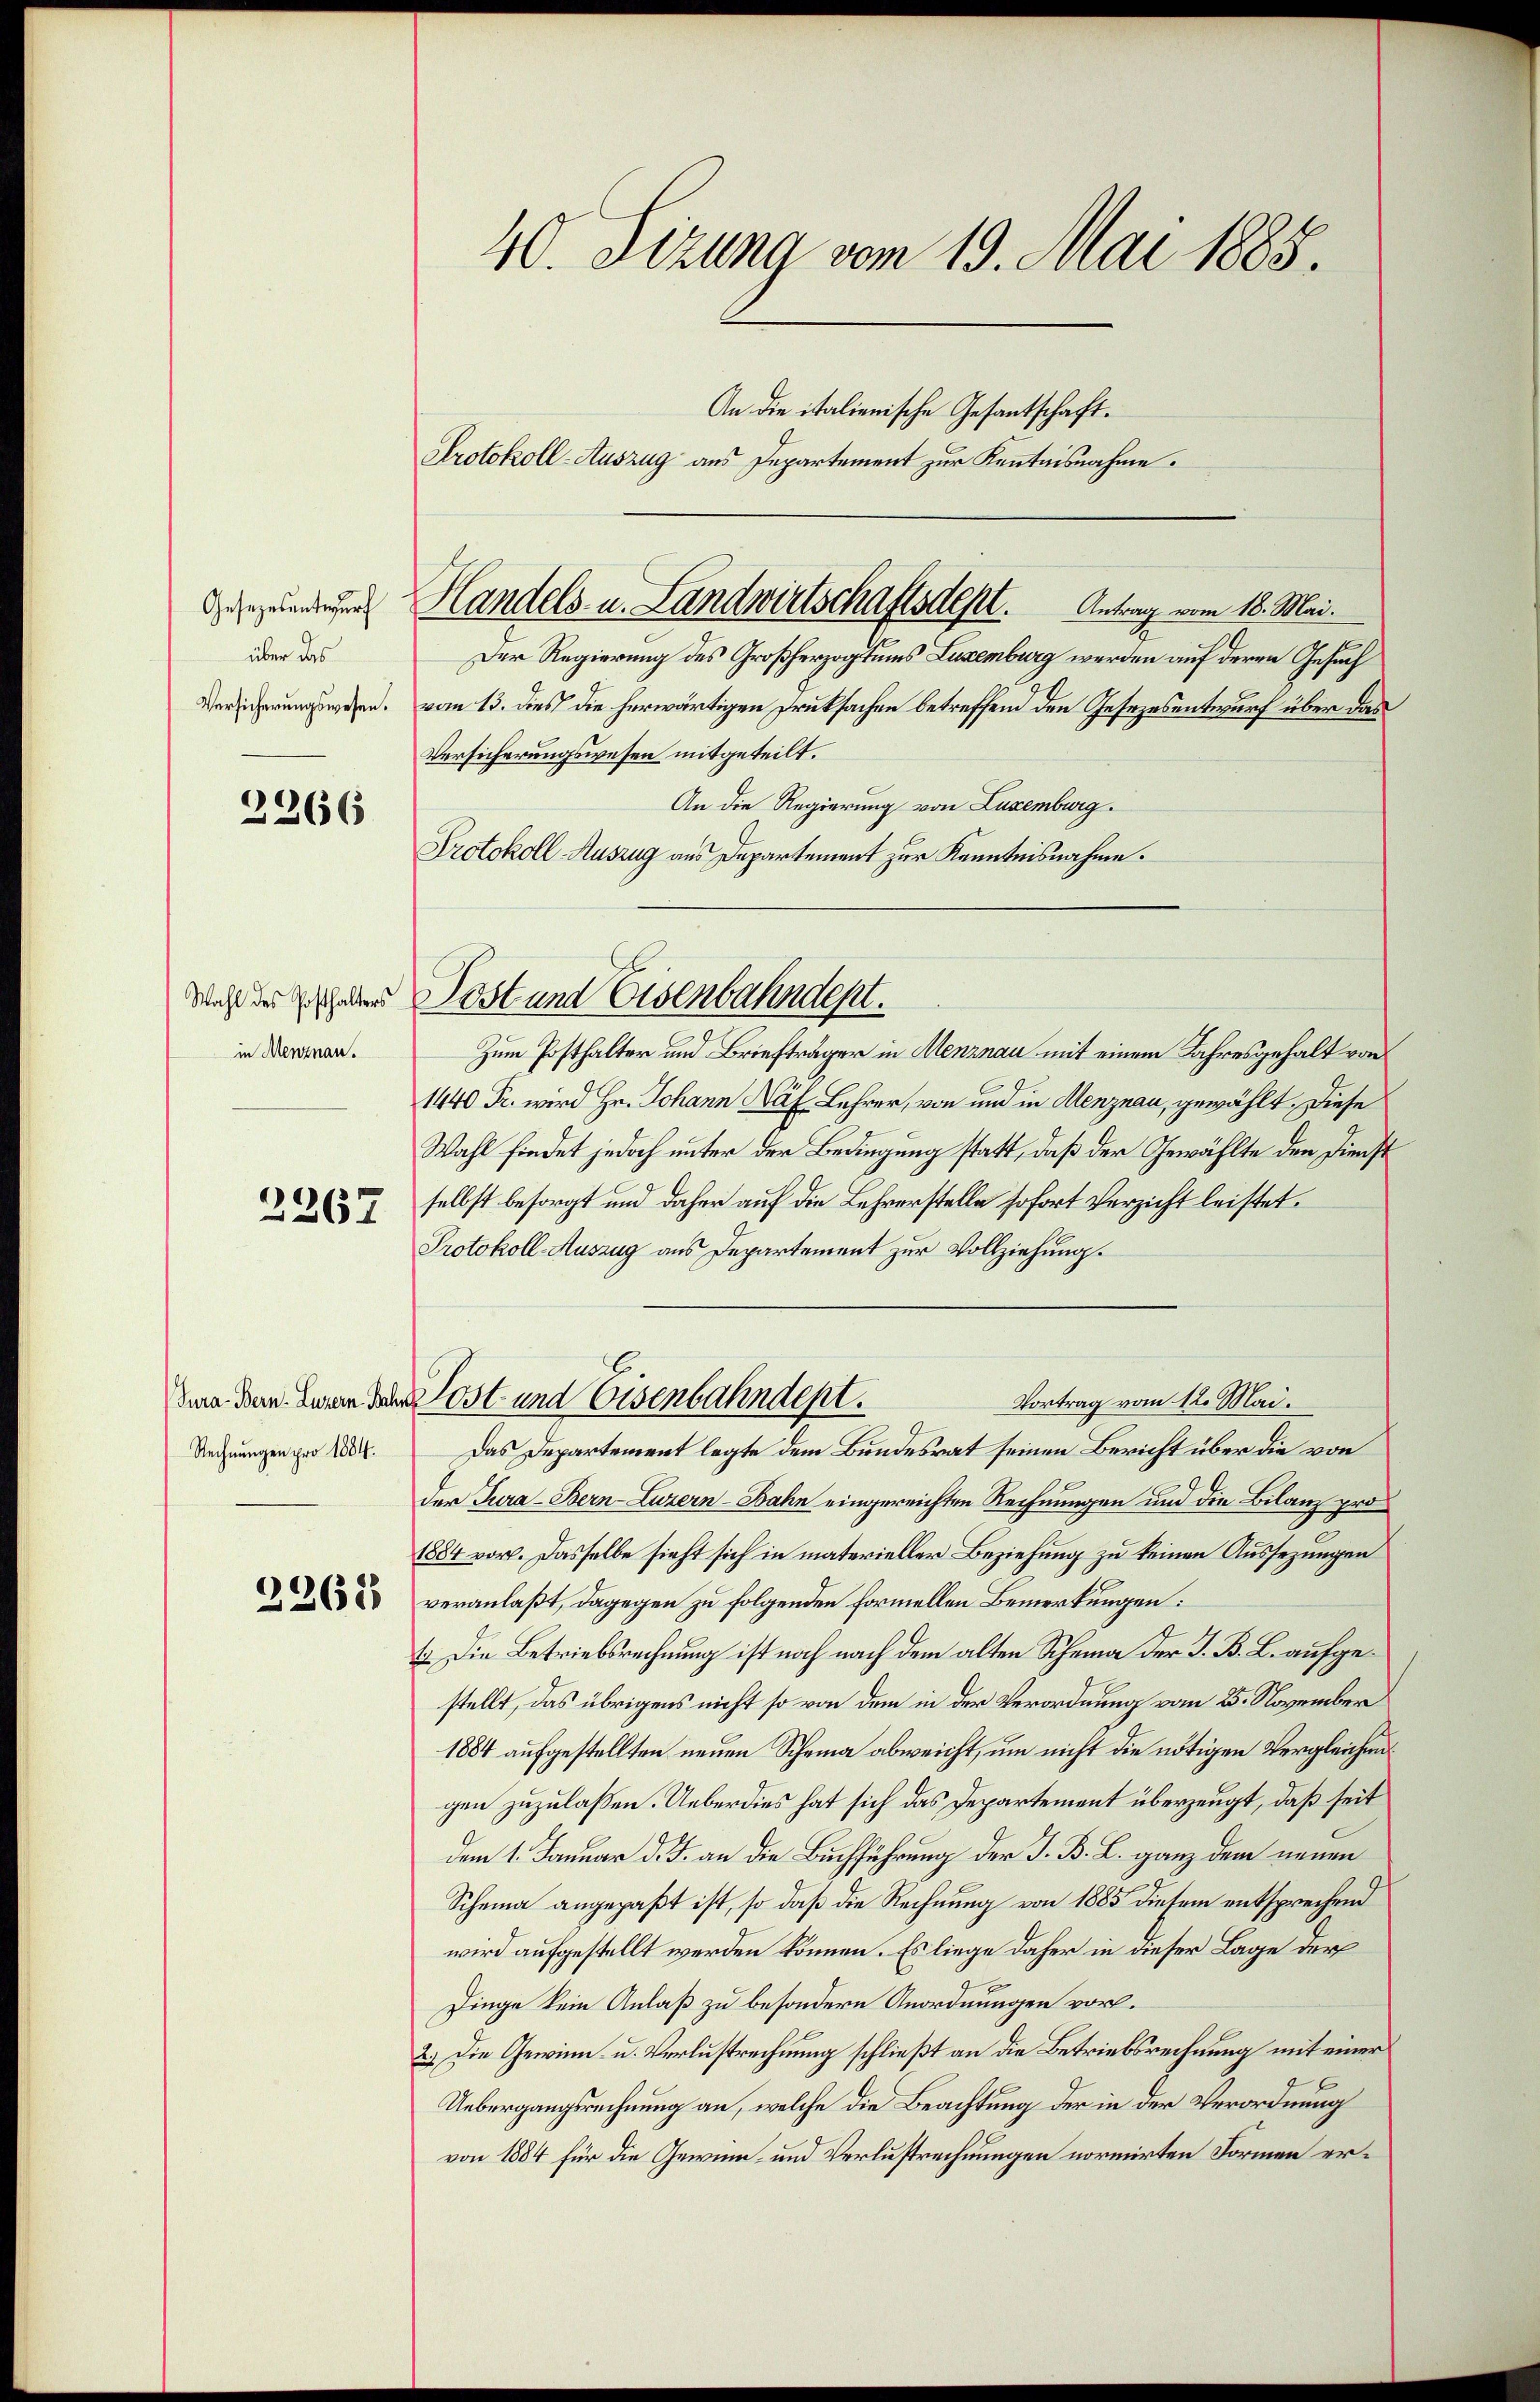
Gesezesentwurf
über das
Versicherungswesen.

2266

Wahl des Posthalters
in Menznau.

2367

Rechnungen pro 1884.

2262

40. Sizung vom 19. Mai 1885.

Protokoll-Auszug aus Departement zur Kenntnisnahme.
Der Regierung des Großherzogtums Luxenburg werden auf deren Gesuch
vom 13. dies die herwärtigen Druksachen betreffend den Gesezesentwurf über das
Versicherungswesen mitgeteilt.
An die Regierung von Luxenburg.
Protokoll-Auszug aus Departement zur Kenntnisnahme.
Zum Posthalter und Briefträger in Menznau mit einem Jahresgehalt von
1440 Fr. wird Hr. Johann Näf Lehrer, von und in Menznau, gewählt. Diese
Wahl findet jedoch unter der Bedingung statt, daß der Gewählte den Dienst
selbst besorgt und daher auf die Lehrerstelle sofort Verzicht leistet.
Protokoll-Auszug aus Departement zur Vollziehung.
Vortrag vom 12. Mai.
denn dem Bern der ost und Eisenbahndept.
Das Departement legte dem Bundesrat seinen Bericht über die von
der Jura - Bern Luzern Bahn eingereichten Rechnungen und die Bilanz pro¬
1884 vor. Dasselbe sieht sich in materieller Beziehung zu keinen Aussezungen
veranlaßt, dagegen zu folgenden Formellen Bemerkungen:
t. Die Betriebsrechnung ist noch nach dem alten Scheina der J. B. L. aufgestellt, das übrigens nicht so von dem in der Verordnung vom 25. November
1884 aufgestellten neuen Scheina abweicht, um nicht die nötigen Vergleichengen zuzulaßen. Ueberdies hat sich das Departement überzeugt, daß seit
dem 1. Januar d. J. an die Buchführung der J. B. L. ganz dem neuen
Scheina angepaßt ist, so daß die Rechnung von 1885 diesem entsprechend
wird aufgestellt werden können. Es liege daher in dieser Lage der
Dinge kein Anlaß zu besondern Anordnungen vor.
2.) Die Gewinn- u. Verlustrechnung schließt an die Betriebsrechnung mit einer
E
Uebergangsrechnung an, welche die Beachtung der in der Verordnung
von 1884 für die Gewinn- und Verlustrechnungen normirten Formen er¬

Handels- u. Landwirtschaftsdest. Antrag vom 18. Mai.

Post und Eisenbahndept.

An die italienische Gesantschaft.